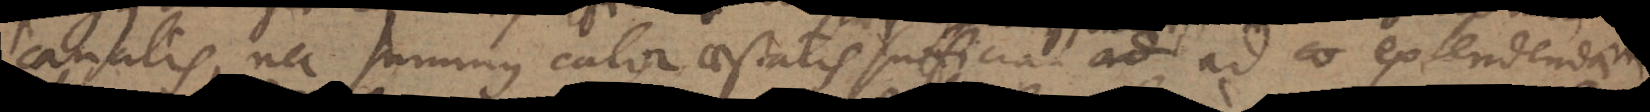
canalis, nec summus calor aestatis sufficiat ad ad extendendam